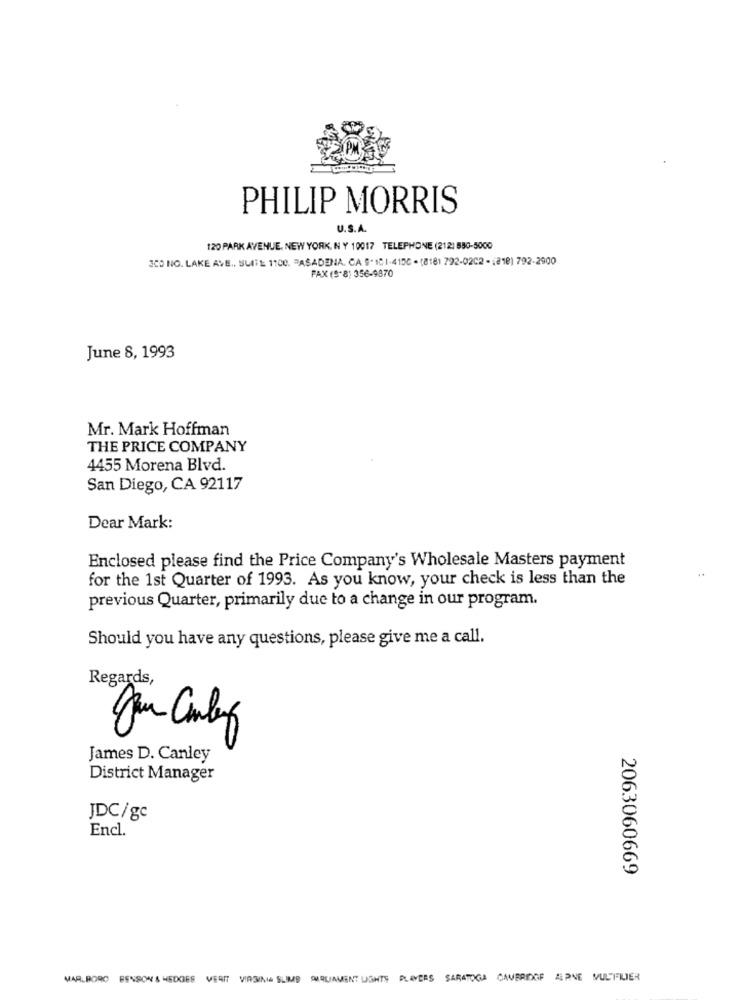
PHILIP MORRIS
U.S.A.
120 PARK AVENUE, NEW YORK, N Y 10017 TELEPHONE (212) 850-5000
300 NO. LAKE AVE ., SUITE 1100. PASADENA. CA 9.101-4100 - (8181 792-0202 - 1218) 792-2900
FAX (S.8) 356-9870
June 8, 1993
Mr. Mark Hoffman
THE PRICE COMPANY
4455 Morena Blvd.
San Diego, CA 92117
Dear Mark:
Enclosed please find the Price Company's Wholesale Masters payment
for the 1st Quarter of 1993. As you know, your check is less than the
previous Quarter, primarily due to a change in our program.
Should you have any questions, please give me a call.
Regards,
F
James D. Canley
District Manager
JDC/gc
Encl.
2063060669
MARLBORO BENSON & HEDGES VERIT VIRGINIA SLIMS PARLIAMENT LIGHTS PLAYERS SARATOGA CAMBRIDGE ALPINE MULTIFILIER